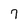
Character: 7